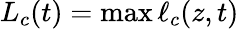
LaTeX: L_{c}(t)=\operatorname*{max}\ell_{c}(z,t)